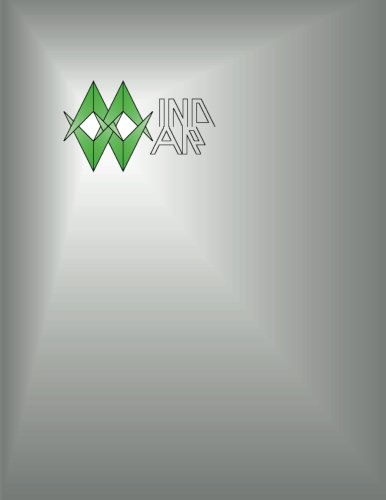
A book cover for MindWar; Michael A. Aquino Ph.D.; Medical Books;